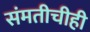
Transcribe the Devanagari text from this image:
संमतीचीही